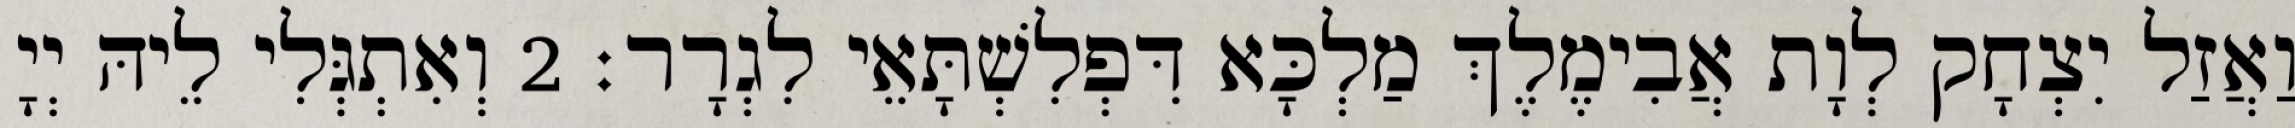
וַאֲזַל יִצְחָק לְוָת אֲבִימֶלֶךְ מַלְכָּא דִּפְלִשְׁתָּאֵי לִגְרָר׃ 2 וְאִתְגְּלִי לֵיהּ יְיָ